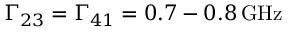
\Gamma _ { 2 3 } = \Gamma _ { 4 1 } = 0 . 7 - 0 . 8 \, \mathrm { G H z }